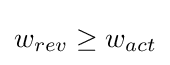
w_{rev}\geq w_{act}